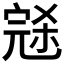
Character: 𰍑